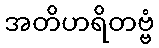
အတိဟရိတဗ္ဗံ